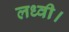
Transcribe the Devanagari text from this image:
लध्वी।